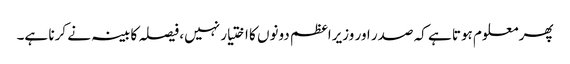
پھر معلوم ہوتا ہے کہ صدر اور وزیراعظم دونوں کا اختیار نہیں، فیصلہ کابینہ نے کرنا ہے۔